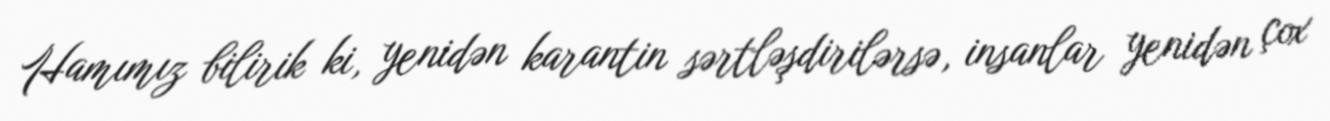
Hamımız bilirik ki, yenidən karantin sərtləşdirilərsə, insanlar yenidən çox